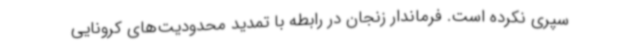
سپری نکرده است. فرماندار زنجان در رابطه با تمدید محدودیت‌های کرونایی